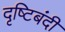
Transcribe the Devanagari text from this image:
दृष्टिबंदी